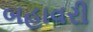
બહાવરી